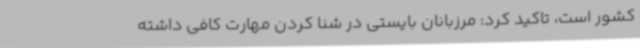
کشور است، تاکید کرد: مرزبانان بایستی در شنا کردن مهارت کافی داشته